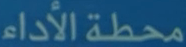
محطة الأداء